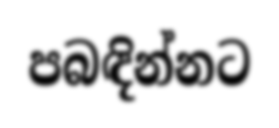
පබඳින්නට